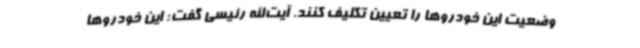
وضعیت این خودروها را تعیین تکلیف کنند. آیت‌الله رئیسی گفت: این خودروها